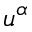
u ^ { \alpha }